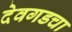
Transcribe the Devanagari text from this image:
देवगडचा